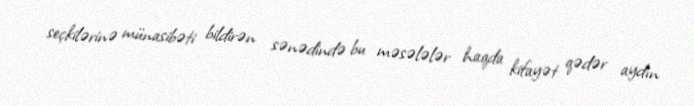
seçkilərinə münasibəti bildirən sənədində bu məsələlər haqda kifayət qədər aydın